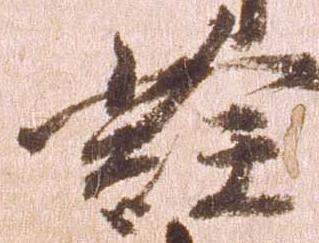
詮